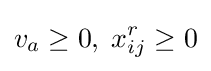
v_{a}\geq 0,\;x_{ij}^{r}\geq 0